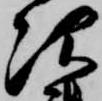
次